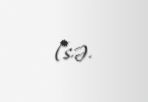
(s.ə.